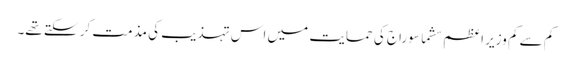
کم سے کم وزیر اعظم سشما سوراج کی حمایت میں اس تہذیب کی مذمت کر سکتے تھے۔